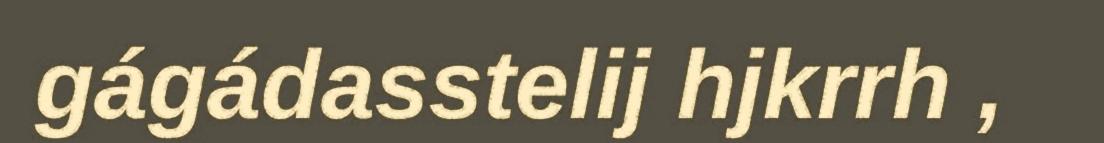
gágádasstelij hjkrrh ,